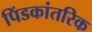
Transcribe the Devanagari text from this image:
पिंडकांतरिक